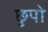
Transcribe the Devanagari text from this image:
छुपो